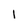
Character: 1